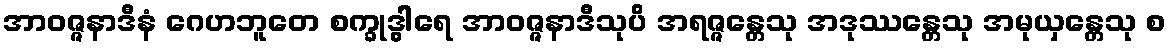
အာဝဇ္ဇနာဒီနံ ဂေဟဘူတေ စက္ခုဒွါရေ အာဝဇ္ဇနာဒီသုပိ အရဇ္ဇန္တေသု အဒုဿန္တေသု အမုယှန္တေသု စ